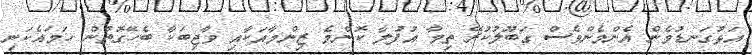
އަޅުގަނޑުމެން އެންމެންވެސް ގަބޫލުކުރޭ ތިމާ އުފުލާ ކޮންމެ ޒިންމާއަކާއި ވާޖިބަކާ ބެހޭގޮތުން ހަމައެކަނި